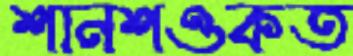
শানশওকত